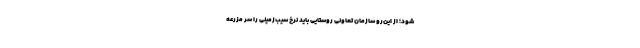
شود؛ از این‌رو سازمان تعاونی روستایی باید نرخ سیب‌زمینی را سر مزرعه